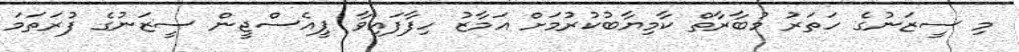
މި ސީޒަނުގެ ހަތަރު މުބާރާތް ކާމިޔާބުކުރުމަށް އަމާޒު ހިފާފައިވާ ޕީއެސްޖީން ސީޒަނުގެ ފުރަތަމަ